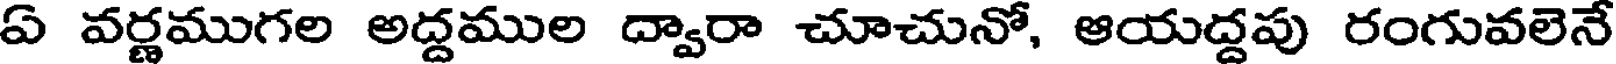
ఏ వర్ణముగల అద్దముల ద్వారా చూచునో, ఆయద్దపు రంగువలెనే